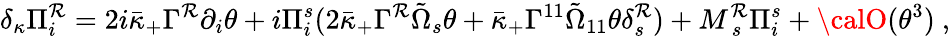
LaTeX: \delta_{\kappa}\Pi_{i}^{\mathcal{R}}=2i\bar{{\kappa}}_{+}\Gamma^{\mathcal{R}}\partial_{i}\theta+i\Pi_{i}^{s}(2\bar{{\kappa}}_{+}\Gamma^{\mathcal{R}}\tilde{{\Omega}}_{s}\theta+\bar{{\kappa}}_{+}\Gamma^{11}\tilde{{\Omega}}_{11}\theta\delta_{s}^{\mathcal{R}})+M_{~s}^{\mathcal{R}}\Pi_{i}^{s}+{\calO}(\theta^{3})~,